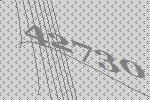
42730